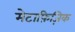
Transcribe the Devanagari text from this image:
मेटाफ़िज़िक